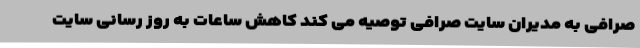
صرافی به مدیران سایت صرافی توصیه می کند کاهش ساعات به روز رسانی سایت